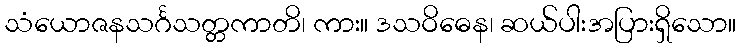
သံယောဇနသင်္ဂသတ္တကာတိ၊ ကား။ ဒသဝိဓေန၊ ဆယ်ပါးအပြားရှိသော။